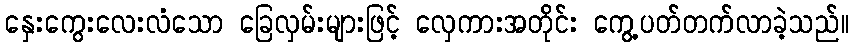
နှေးကွေးလေးလံသော ခြေလှမ်းများဖြင့် လှေကားအတိုင်း ကွေ့ပတ်တက်လာခဲ့သည်။